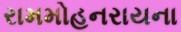
રામમોહનરાયના